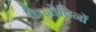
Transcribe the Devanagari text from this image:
कैनोपिनों